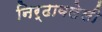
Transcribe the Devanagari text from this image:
निर्ढावलेली